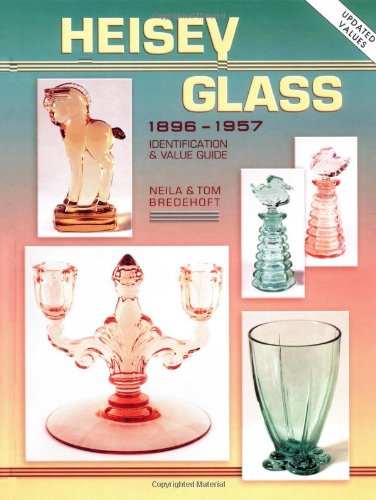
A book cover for Heisey Glass, 1896-1957: Identification and Value Guide; Neila M. Bredehoft; Crafts, Hobbies & Home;